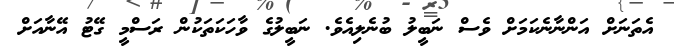
އެތަނަށް އަންނާނެކަމަށް ވެސް ނަބީލު ބުނެލިއެވެ. ނަބީލުގެ ވާހަކަތަކުން ރަސްމީ ގޭޓު އޭނާއަށް